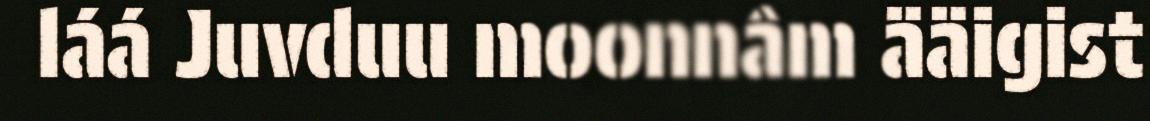
láá Juvduu moonnâm ääigist